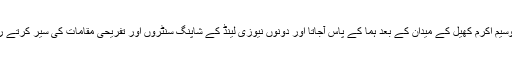
ادھر وسیم اکرم کھیل کے میدان کے بعد ہما کے پاس آجاتا اور دونوں نیوزی لینڈ کے شاپنگ سنٹروں اور تفریحی مقامات کی سیر کرتے رہتے۔